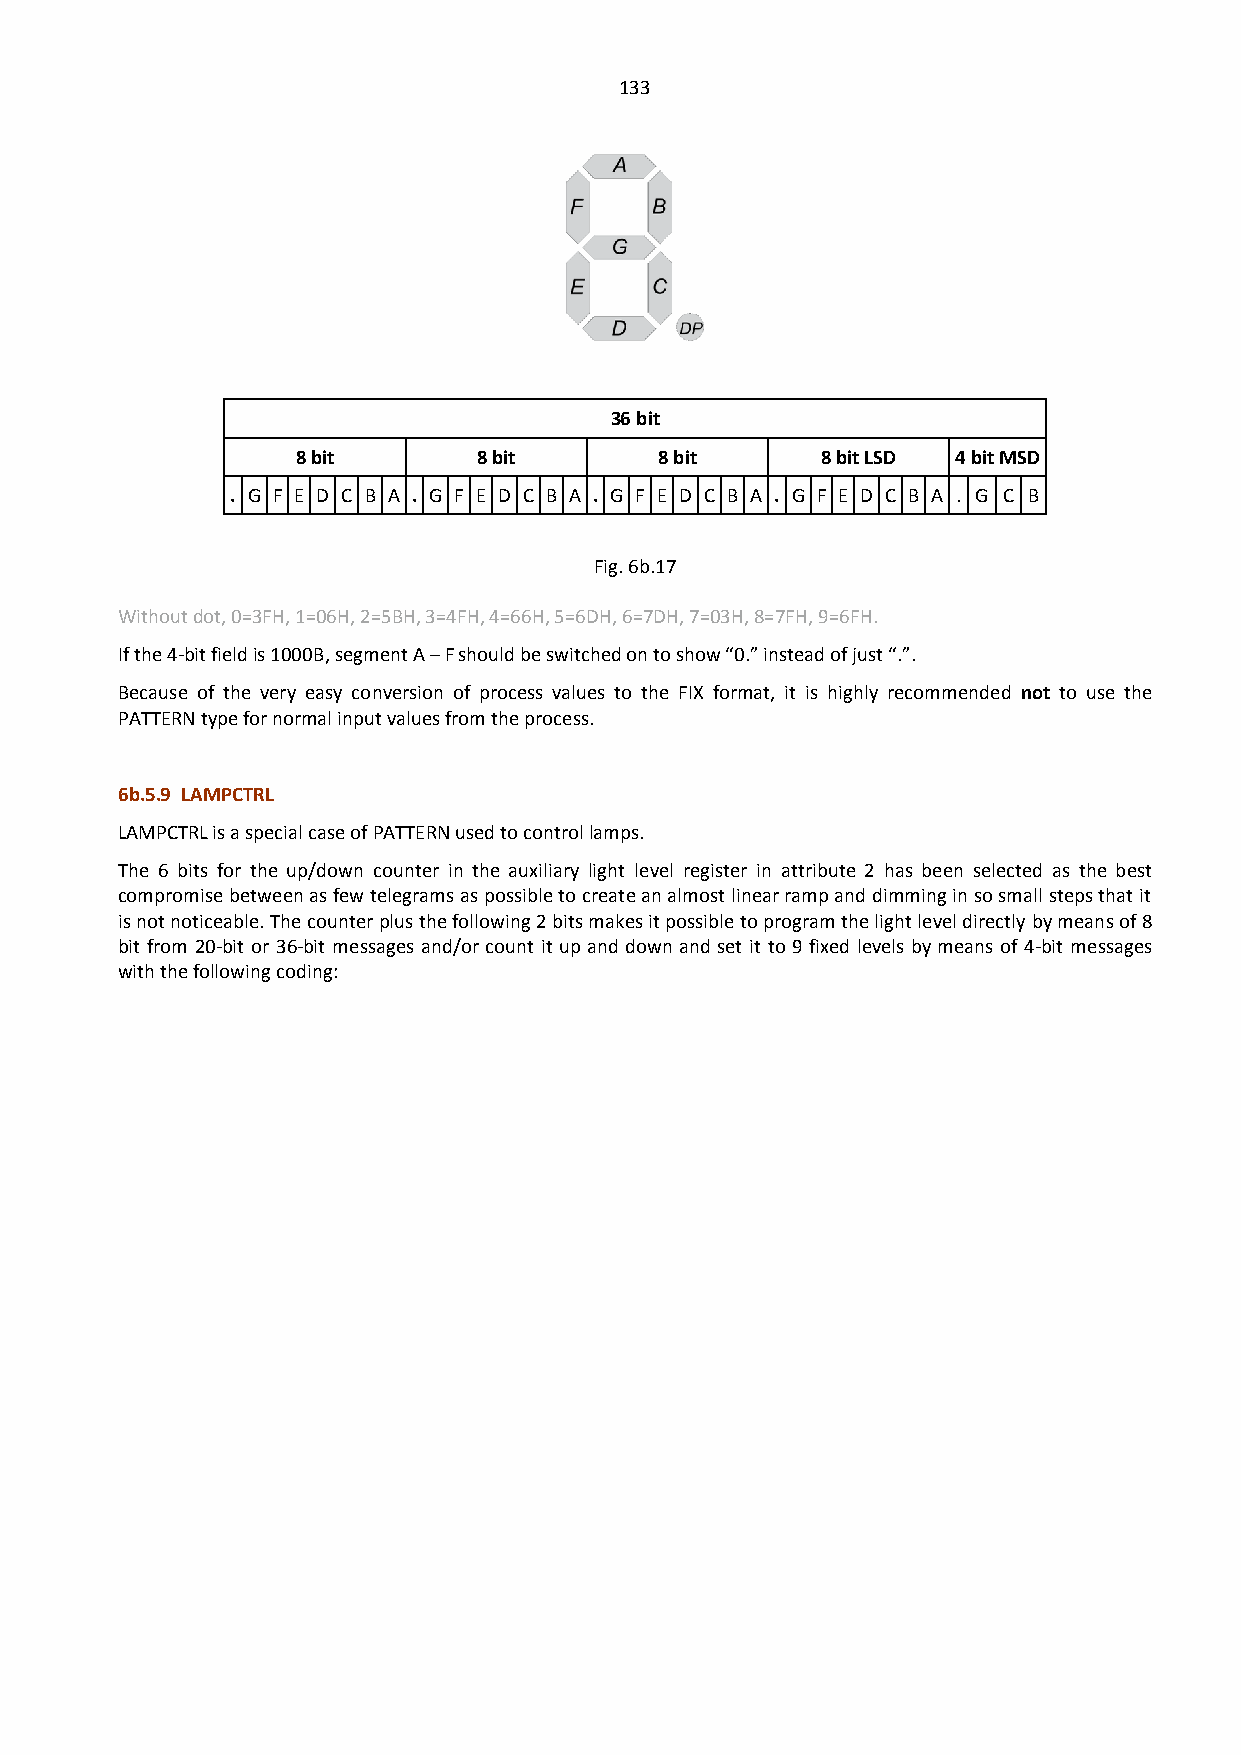
133
 36 bit
 8 bit       8 bit       8 bit     8 bit LSD 4 bit MSD
 . G F E D C B A . G F E D C B A . G F E D C B A . G F E D C B A . G C B
 Fig. 6b.17
 Without dot, 0=3FH, 1=06H, 2=5BH, 3=4FH, 4=66H, 5=6DH, 6=7DH, 7=03H, 8=7FH, 9=6FH.
 If the 4-bit field is 1000B, segment A – F should be switched on to show “0.” instead of just “.”.
 Because of the very easy conversion of process values to the FIX format, it is highly recommended not to use the
 PATTERN type for normal input values from the process.
 6b.5.9 LAMPCTRL
 LAMPCTRL is a special case of PATTERN used to control lamps.
 The 6 bits for the up/down counter in the auxiliary light level register in attribute 2 has been selected as the best
 compromise between as few telegrams as possible to create an almost linear ramp and dimming in so small steps that it
 is not noticeable. The counter plus the following 2 bits makes it possible to program the light level directly by means of 8
 bit from 20-bit or 36-bit messages and/or count it up and down and set it to 9 fixed levels by means of 4-bit messages
 with the following coding: